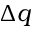
\Delta q